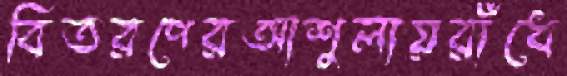
বিতরণেরআশুলায়রাঁধে